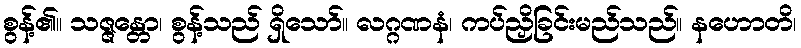
စွန့်၏။ သဇ္ဇန္တော၊ စွန့်သည် ရှိသော်။ လဂ္ဂဏနံ၊ ကပ်ညှိခြင်းမည်သည်။ နဟောတိ၊